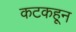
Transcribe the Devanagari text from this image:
कटकहून